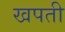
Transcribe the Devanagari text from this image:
खपती